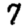
Digit: 7